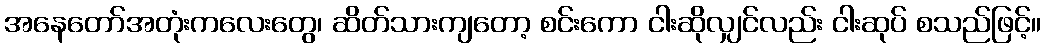
အနေတော်အတုံးကလေးတွေ၊ ဆိတ်သားကျတော့ စင်းကော ငါးဆိုလျှင်လည်း ငါးဆုပ် စသည်ဖြင့်။